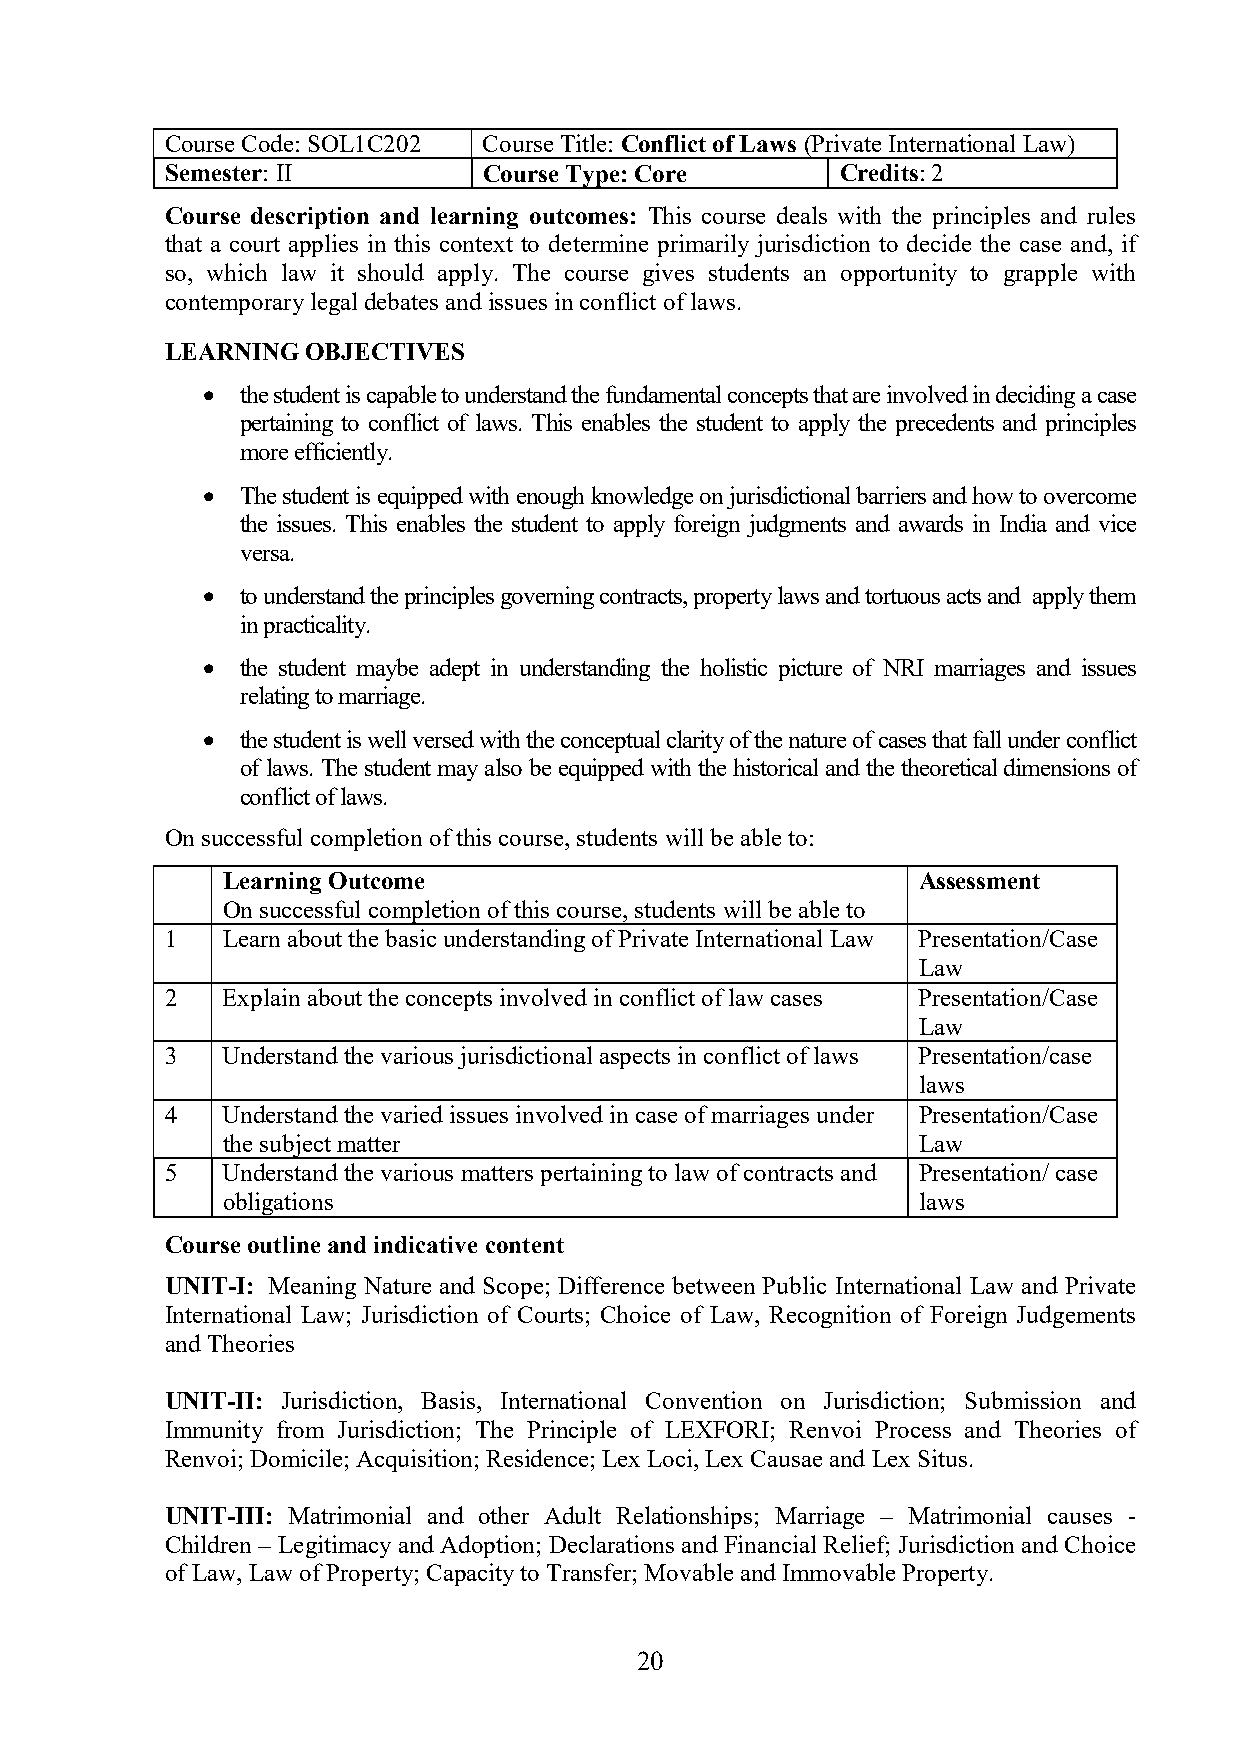
Course Code: SOL1C202 Course Title: Conflict of Laws (Private International Law)
 Semester: II         Course Type: Core       Credits: 2
 Course description and learning outcomes: This course deals with the principles and rules
 that a court applies in this context to determine primarily jurisdiction to decide the case and, if
 so, which law it should apply. The course gives students an opportunity to grapple with
 contemporary legal debates and issues in conflict of laws.
 LEARNING OBJECTIVES
   the student is capable to understand the fundamental concepts that are involved in deciding a case
 pertaining to conflict of laws. This enables the student to apply the precedents and principles
 more efficiently.
   The student is equipped with enough knowledge on jurisdictional barriers and how to overcome
 the issues. This enables the student to apply foreign judgments and awards in India and vice
 versa.
   to understand the principles governing contracts, property laws and tortuous acts and apply them
 in practicality.
   the student maybe adept in understanding the holistic picture of NRI marriages and issues
 relating to marriage.
   the student is well versed with the conceptual clarity of the nature of cases that fall under conflict
 of laws. The student may also be equipped with the historical and the theoretical dimensions of
 conflict of laws.
 On successful completion of this course, students will be able to:
 Learning Outcome                              Assessment
 On successful completion of this course, students will be able to
 1   Learn about the basic understanding of Private International Law Presentation/Case
 Law
 2   Explain about the concepts involved in conflict of law cases Presentation/Case
 Law
 3   Understand the various jurisdictional aspects in conflict of laws Presentation/case
 laws
 4   Understand the varied issues involved in case of marriages under Presentation/Case
 the subject matter                            Law
 5   Understand the various matters pertaining to law of contracts and Presentation/ case
 obligations                                   laws
 Course outline and indicative content
 UNIT-I: Meaning Nature and Scope; Difference between Public International Law and Private
 International Law; Jurisdiction of Courts; Choice of Law, Recognition of Foreign Judgements
 and Theories
 UNIT-II: Jurisdiction, Basis, International Convention on Jurisdiction; Submission and
 Immunity from Jurisdiction; The Principle of LEXFORI; Renvoi Process and Theories of
 Renvoi; Domicile; Acquisition; Residence; Lex Loci, Lex Causae and Lex Situs.
 UNIT-III: Matrimonial and other Adult Relationships; Marriage – Matrimonial causes -
 Children – Legitimacy and Adoption; Declarations and Financial Relief; Jurisdiction and Choice
 of Law, Law of Property; Capacity to Transfer; Movable and Immovable Property.
 20